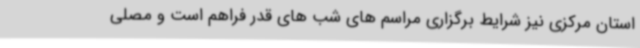
استان مرکزی نیز شرایط برگزاری مراسم های شب های قدر فراهم است و مصلی